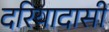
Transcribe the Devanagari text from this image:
दरियादासी